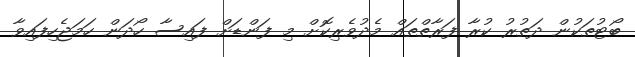
ބޯޓުތަކުން ދަތުރު ކުރާ ފަރާތްތައް މެދުވެރިކޮށް މި ފަންޑަށް ފައިސާ ހޯދަން ހަމަޖެހިފައިވާ